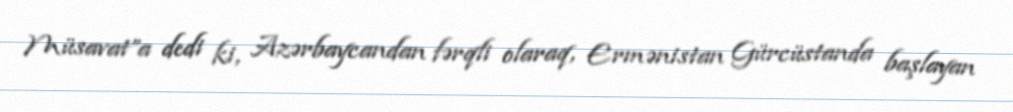
Müsavat”a dedi ki, Azərbaycandan fərqli olaraq, Ermənistan Gürcüstanda başlayan